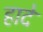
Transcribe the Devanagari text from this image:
हादे